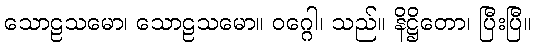
သောဠသမော၊ သောဠသမော။ ဝဂ္ဂေါ၊ သည်။ နိဋ္ဌိတော၊ ပြီးပြီ။